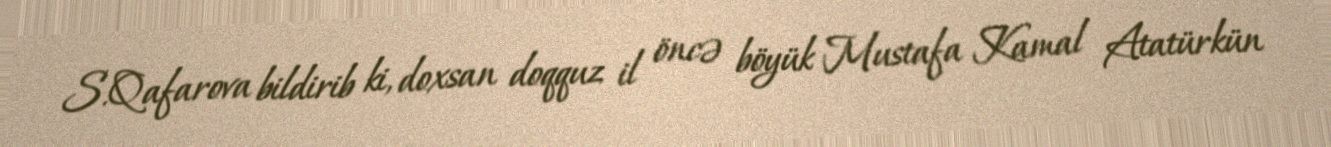
S.Qafarova bildirib ki, doxsan doqquz il öncə böyük Mustafa Kamal Atatürkün